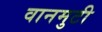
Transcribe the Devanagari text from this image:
वानमुटी